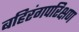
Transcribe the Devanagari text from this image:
बहिरंगपरिक्षण